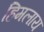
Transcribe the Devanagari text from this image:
हिमलाय